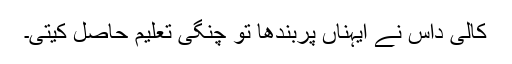
کالی داس نے ایہناں پربندھا تو چنگی تعلیم حاصل کیتی۔